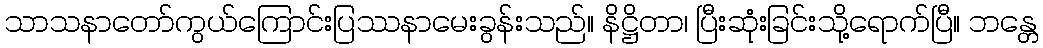
သာသနာတော်ကွယ်ကြောင်းပြဿနာမေးခွန်းသည်။ နိဋ္ဌိတာ၊ ပြီးဆုံးခြင်းသို့ရောက်ပြီ။ ဘန္တေ